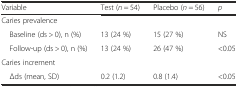
<table><thead><tr><td><b>Variable</b></td><td><b>Test (<i>n</i> = 54)</b></td><td><b>Placebo (<i>n</i> = 56)</b></td><td><b><i>p</i></b></td></tr></thead><tbody><tr><td colspan="4">Caries prevalence</td></tr><tr><td> Baseline (ds &gt; 0), n (%)</td><td>13 (24 %)</td><td>15 (27 %)</td><td>NS</td></tr><tr><td> Follow-up (ds &gt; 0), n (%)</td><td>13 (24 %)</td><td>26 (47 %)</td><td>&lt;0.05</td></tr><tr><td colspan="4">Caries increment</td></tr><tr><td> Δds (mean, SD)</td><td>0.2 (1.2)</td><td>0.8 (1.4)</td><td>&lt;0.05</td></tr></tbody></table>